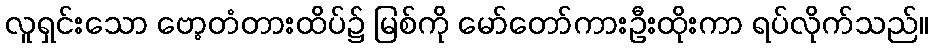
လူရှင်းသော ဗော့တံတားထိပ်၌ မြစ်ကို မော်တော်ကားဦးထိုးကာ ရပ်လိုက်သည်။